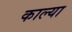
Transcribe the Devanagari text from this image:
काल्या